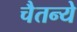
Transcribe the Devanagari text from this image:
चैतन्ये